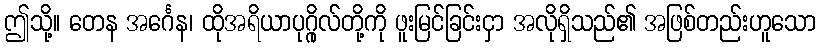
ဤသို့။ တေန အင်္ဂေန၊ ထိုအရိယာပုဂ္ဂိုလ်တို့ကို ဖူးမြင်ခြင်းငှာ အလိုရှိသည်၏ အဖြစ်တည်းဟူသော